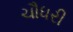
ચૌધરી